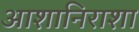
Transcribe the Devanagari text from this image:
आशानिराशा